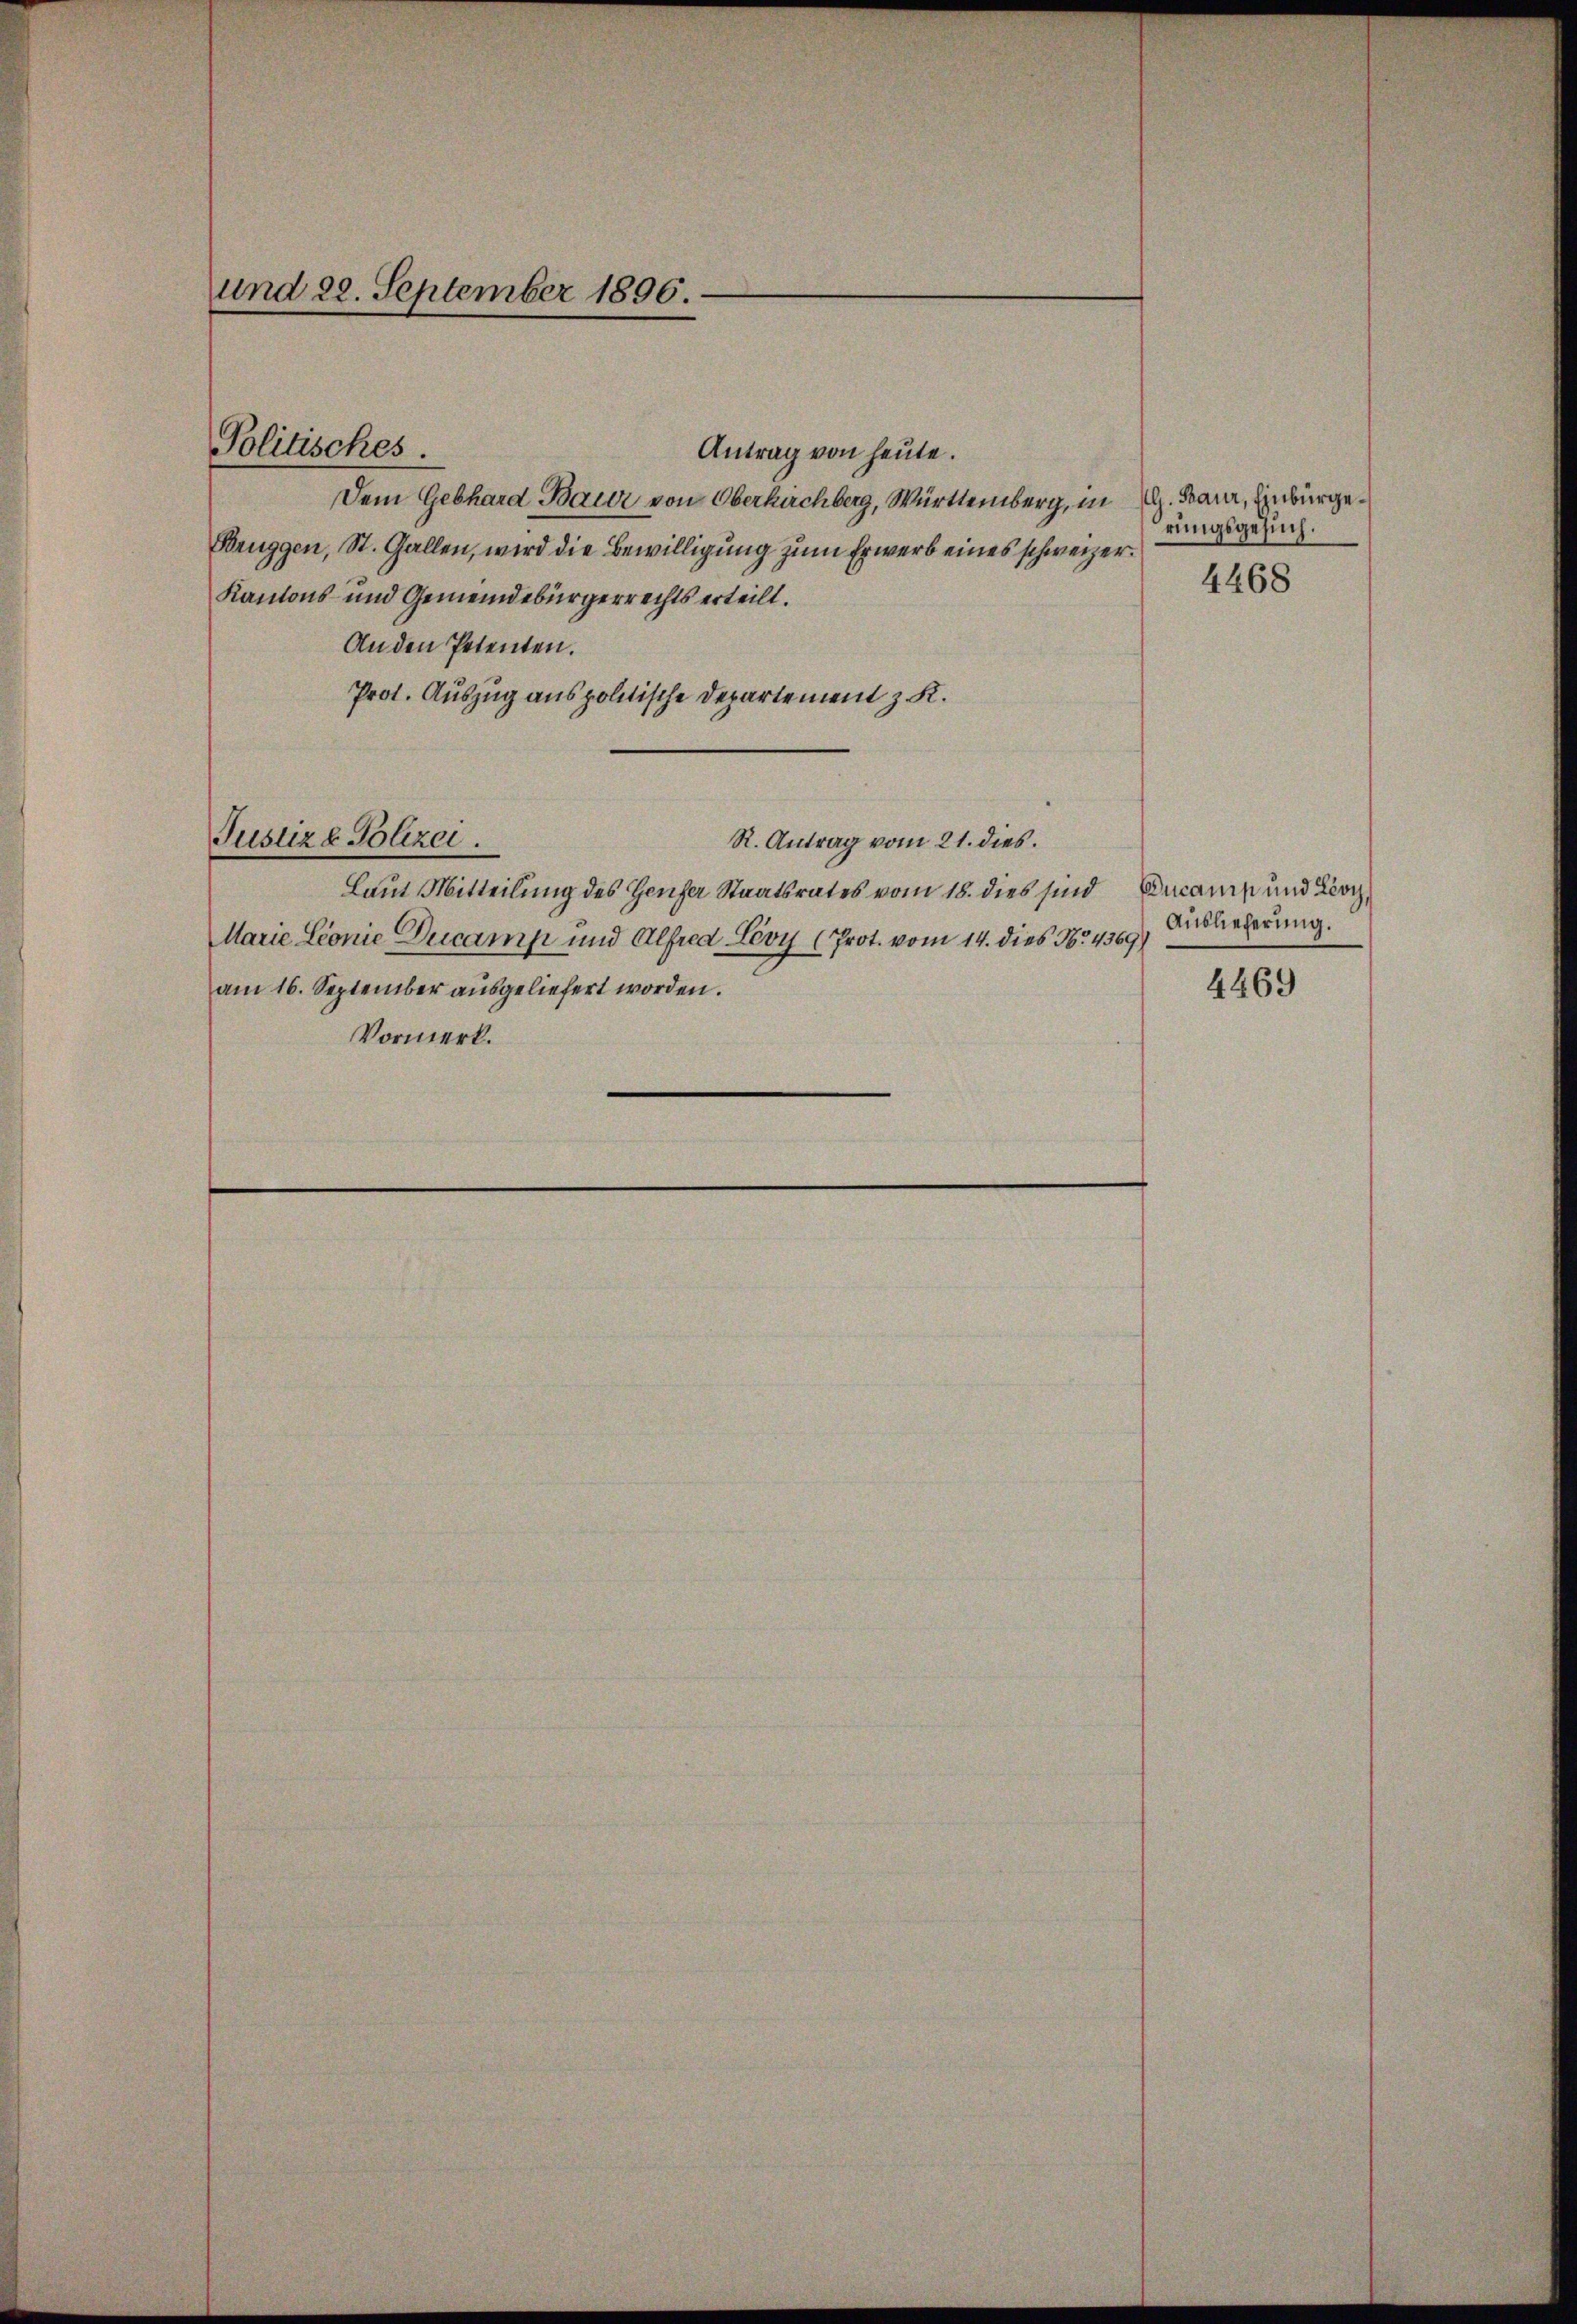
und 20. September 1896.

Politisches.

Antrag von heute.
Dem Gebhard Bauer von Oberkirchberg, Württemberg, in Al. Bauer, Einbürge¬
Bruggen, St. Gallen, wird die Bewilligung zum Erwerb eines schweizer¬
Kantons- und Gemeindebürgerrechts erteilt.
An den Petenten.
Prot. Auszug aus politische Departement z. K.
Justiz & Polizei.
R. Antrag vom 21. dies
Laut Mitteilung des Heuser Staatsrates vom 18. dies sind Decanis und Loch,
Marie Lionie Ducamp und Alfred Lévy (Prot. vom 14. dies No 4369)
am 16. September ausgeliefert worden.
Vormerk.

rungsgesuch.

4468

Auslieferung.

4469